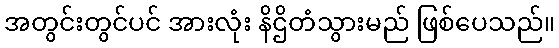
အတွင်းတွင်ပင် အားလုံး နိဌိတံသွားမည် ဖြစ်ပေသည်။